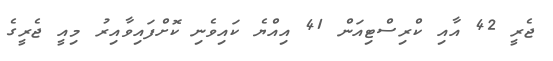
ޖެރީ 42 އާއި ކްރިސްޓިއަން 41 އިއްޔެ ކައިވެނި ކޮށްފައިވާއިރު މިއީ ޖެރީގެ